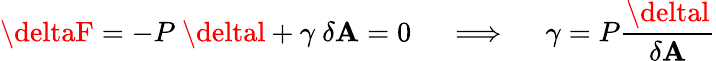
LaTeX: \deltaF=-P~\deltal+\gamma~\delta\mathbf{A}=0\quad\implies\quad\gamma=P{\frac{{\deltal}}{{\delta\mathbf{A}}}}